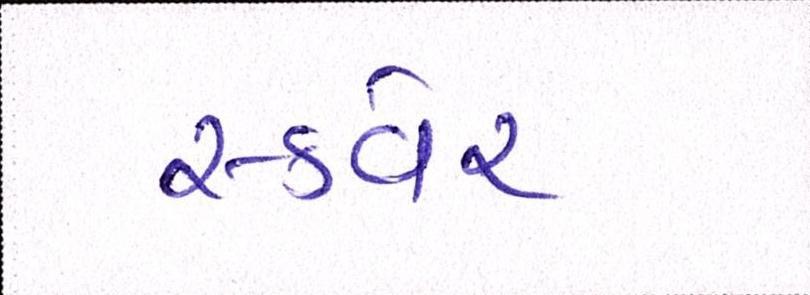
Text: સ્કવેર